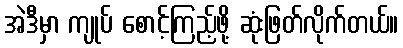
အဲဒီမှာ ကျုပ် စောင့်ကြည့်ဖို့ ဆုံးဖြတ်လိုက်တယ်။